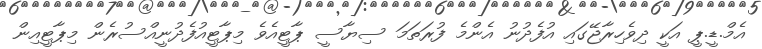
އެމް.ޑީ.ޕީ އަކީ ދިވެހިރާޖޭގައި އުފެދުނު އެންމެ ފުރަތަމަ ސިޔާސީ ޕާޓީއެވެ މިޕާޓީއުފެދުނީއްސުރެން މިޕާޓީއިން